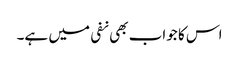
اس کا جواب بھی نفی میں ہے۔